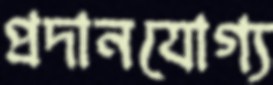
প্রদানযোগ্য